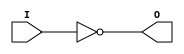
// $Header: /devl/xcs/repo/env/Databases/CAEInterfaces/verunilibs/s/INV.v,v 1.8.22.1 2003/11/18 20:41:35 wloo Exp $

/*

FUNCTION	: INVERTER

*/

`timescale  100 ps / 10 ps


module INV (O, I);

    output O;

    input  I;

	not N1 (O, I);

    specify
	(I *> O) = (0, 0);
    endspecify

endmodule